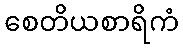
စေတိယစာရိကံ